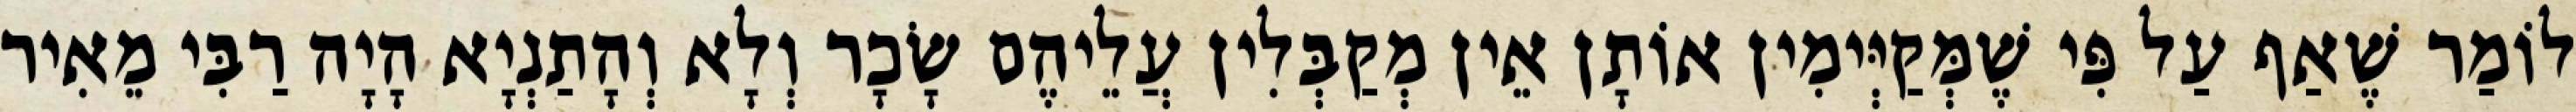
לוֹמַר שֶׁאַף עַל פִּי שֶׁמְּקַיְּימִין אוֹתָן אֵין מְקַבְּלִין עֲלֵיהֶם שָׂכָר וְלָא וְהָתַנְיָא הָיָה רַבִּי מֵאִיר